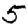
Digit: 5